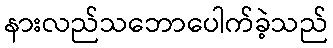
နားလည်သဘောပေါက်ခဲ့သည်